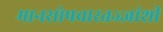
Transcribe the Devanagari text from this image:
मानसोपचारतज्ज्ञांशी